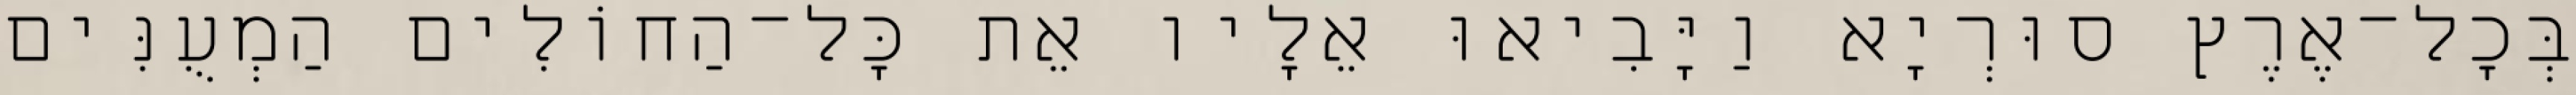
בְּכָל־אֶרֶץ סוּרְיָא וַיָּבִיאוּ אֵלָיו אֵת כָּל־הַחוֹלִים הַמְעֻנִּים